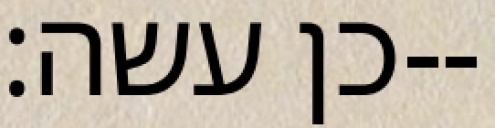
כן עשה׃--